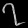
Digit: ၇